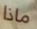
ماذا